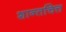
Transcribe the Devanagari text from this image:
शान्तचित्त